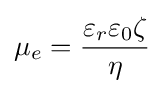
\mu _{e}={\frac {\varepsilon _{r}\varepsilon _{0}\zeta }{\eta }}